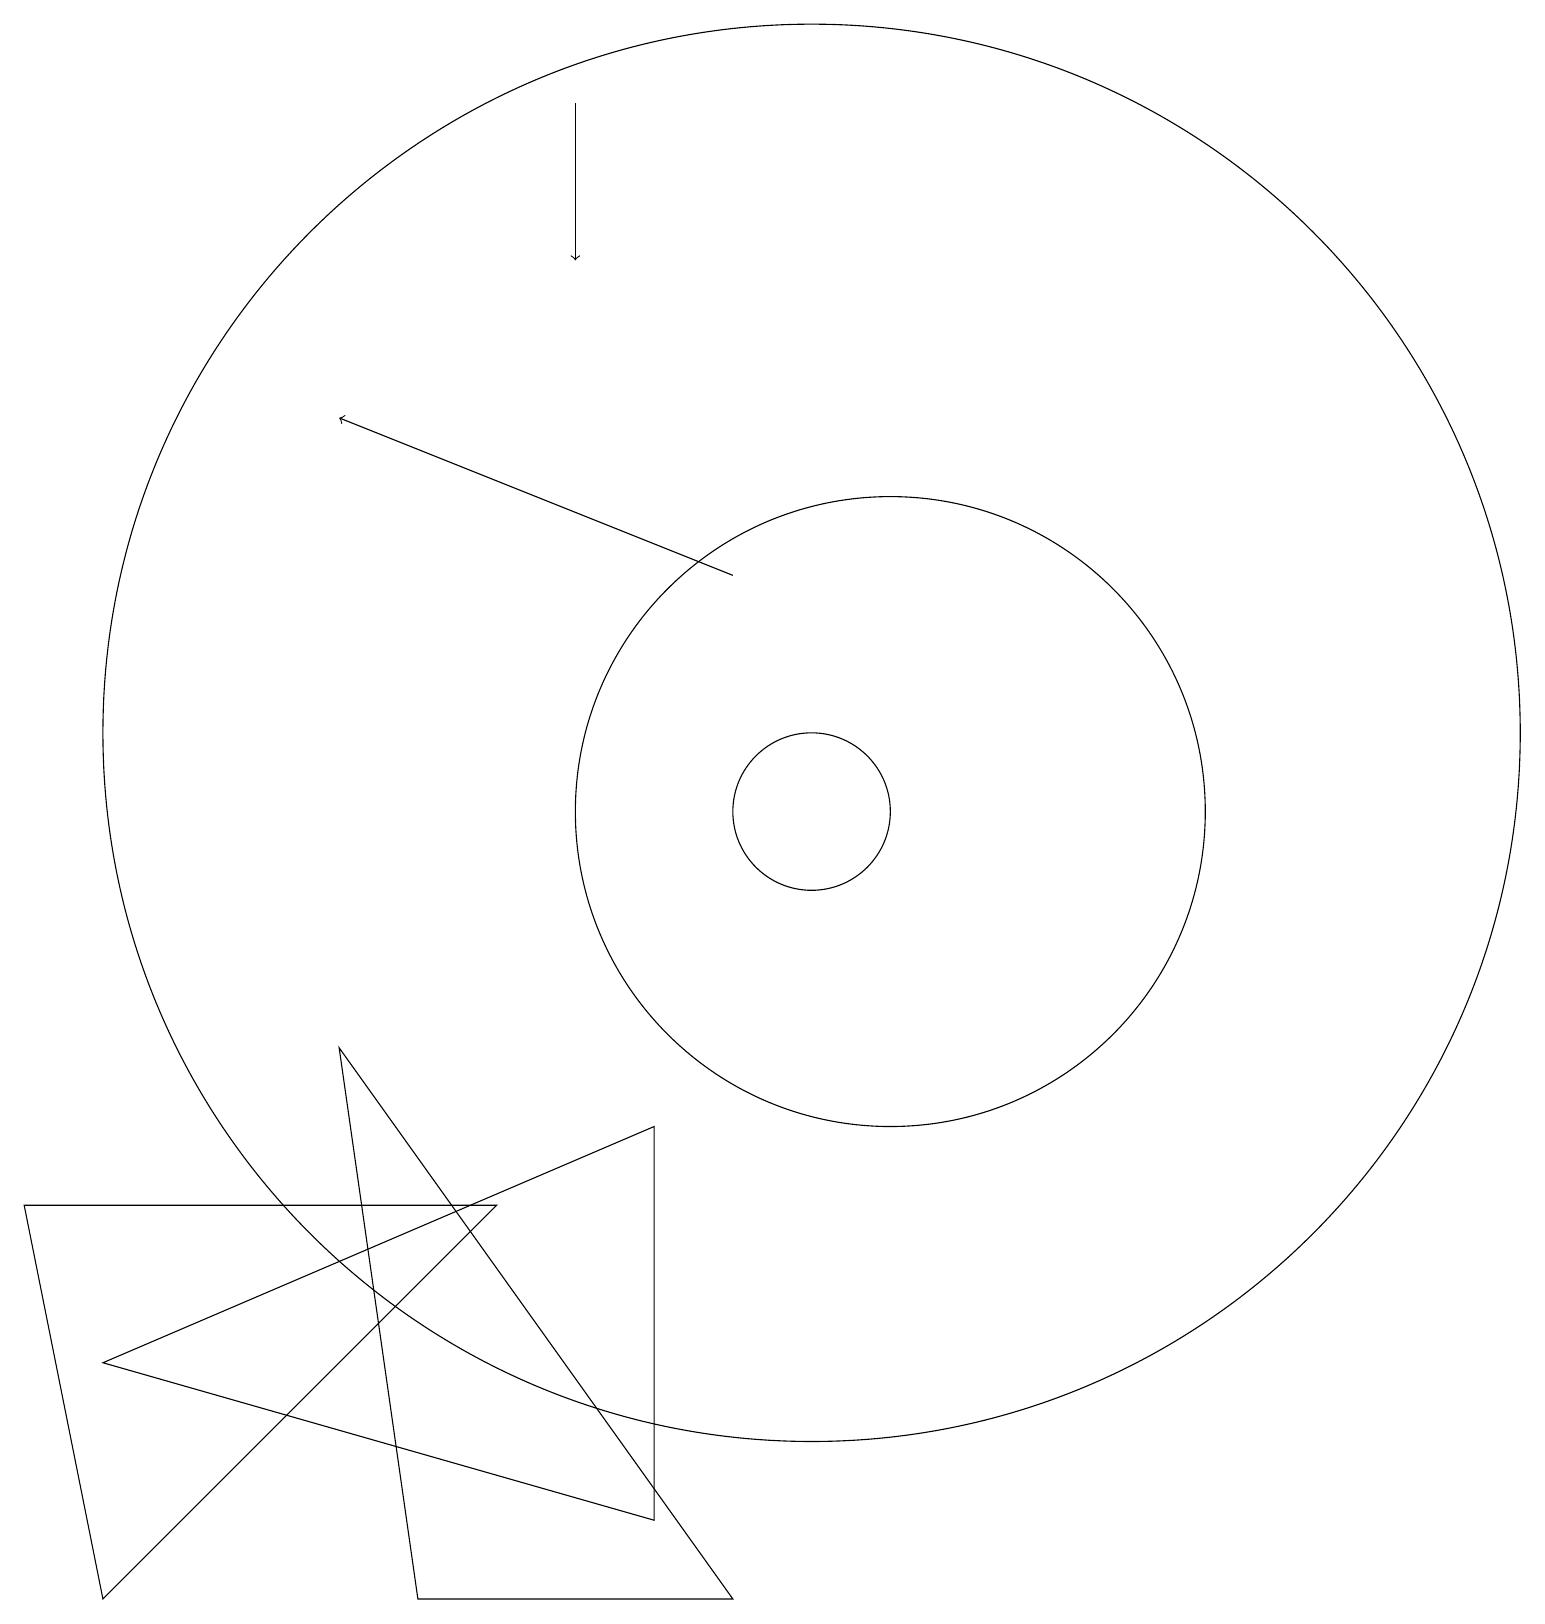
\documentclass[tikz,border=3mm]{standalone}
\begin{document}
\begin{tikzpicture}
\draw (10,11) circle (9);
\draw (11,10) circle (4);
\draw[->] (9,13) -- (4,15);
\draw (8,6) -- (8,1) -- (1,3) -- cycle;
\draw (10,10) circle (1);
\draw[->] (7,19) -- (7,17);
\draw (6,5) -- (1,0) -- (0,5) -- cycle;
\draw (4,7) -- (5,0) -- (9,0) -- cycle;
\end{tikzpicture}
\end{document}